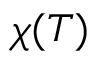
\chi ( T )